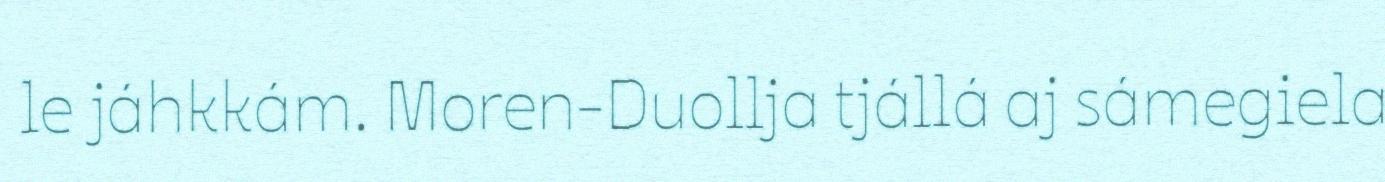
le jáhkkám. Moren-Duollja tjállá aj sámegiela